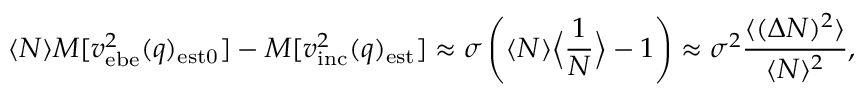
\langle N \rangle M [ v _ { \mathrm { e b e } } ^ { 2 } ( q ) _ { \mathrm { e s t 0 } } ] - M [ v _ { \mathrm { i n c } } ^ { 2 } ( q ) _ { \mathrm { e s t } } ] \approx \sigma \left( \langle N \rangle \Big \langle \frac 1 N \Big \rangle - 1 \right) \approx \sigma ^ { 2 } { \frac { \langle ( \Delta N ) ^ { 2 } \rangle } { \langle N \rangle ^ { 2 } } } ,